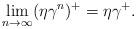
LaTeX: \begin{align*} \lim_{n\rightarrow \infty}(\eta\gamma^n)^+=\eta\gamma^+.\end{align*}